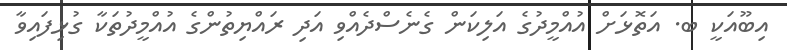
އިބޫއަކީ ބ. އަތޮޅަށް އުއްމީދުގެ އަލިކަން ގެނެސްދެއްވި އަދި ރައްޔިތުންގެ އުއްމީދުތަކާ ގުޅިފައިވާ